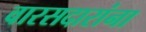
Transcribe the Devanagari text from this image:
वारसदारांना